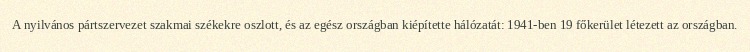
A nyilvános pártszervezet szakmai székekre oszlott, és az egész országban kiépítette hálózatát: 1941-ben 19 főkerület létezett az országban.